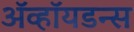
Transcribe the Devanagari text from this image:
ॲव्हॉयडन्स